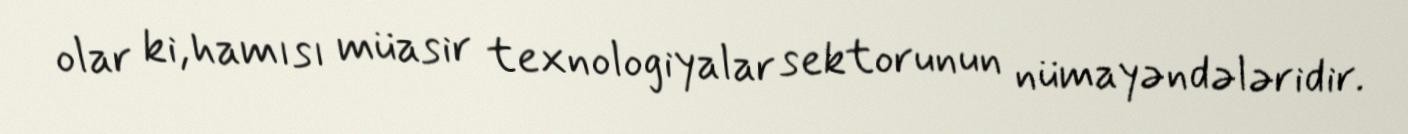
olar ki, hamısı müasir texnologiyalar sektorunun nümayəndələridir.